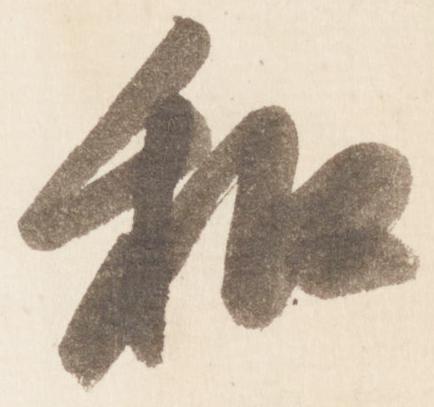
和